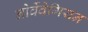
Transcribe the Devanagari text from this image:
नोर्वेवेगियन